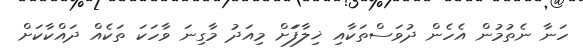
ހަނާ ނެތުމުން އެހެން ދުވަސްތަކާއި ޚިލާފަަށް މިއަދު މާގިނަ ވާހަކަ ތަކެއް ދައްކާކަށް